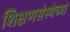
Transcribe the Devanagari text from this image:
शिक्षणसंस्थेच्या